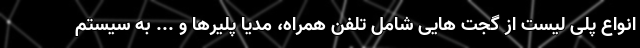
انواع پلی لیست از گجت هایی شامل تلفن همراه، مدیا پلیرها و ... به سیستم